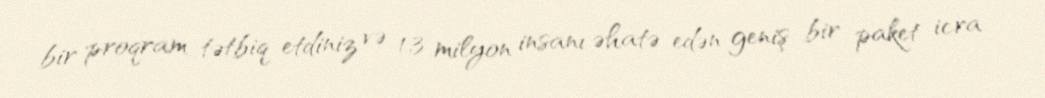
bir proqram tətbiq etdiniz və 1,3 milyon insanı əhatə edən geniş bir paket icra